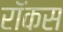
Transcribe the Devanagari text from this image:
रॉकस